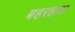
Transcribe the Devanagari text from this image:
बहरहात